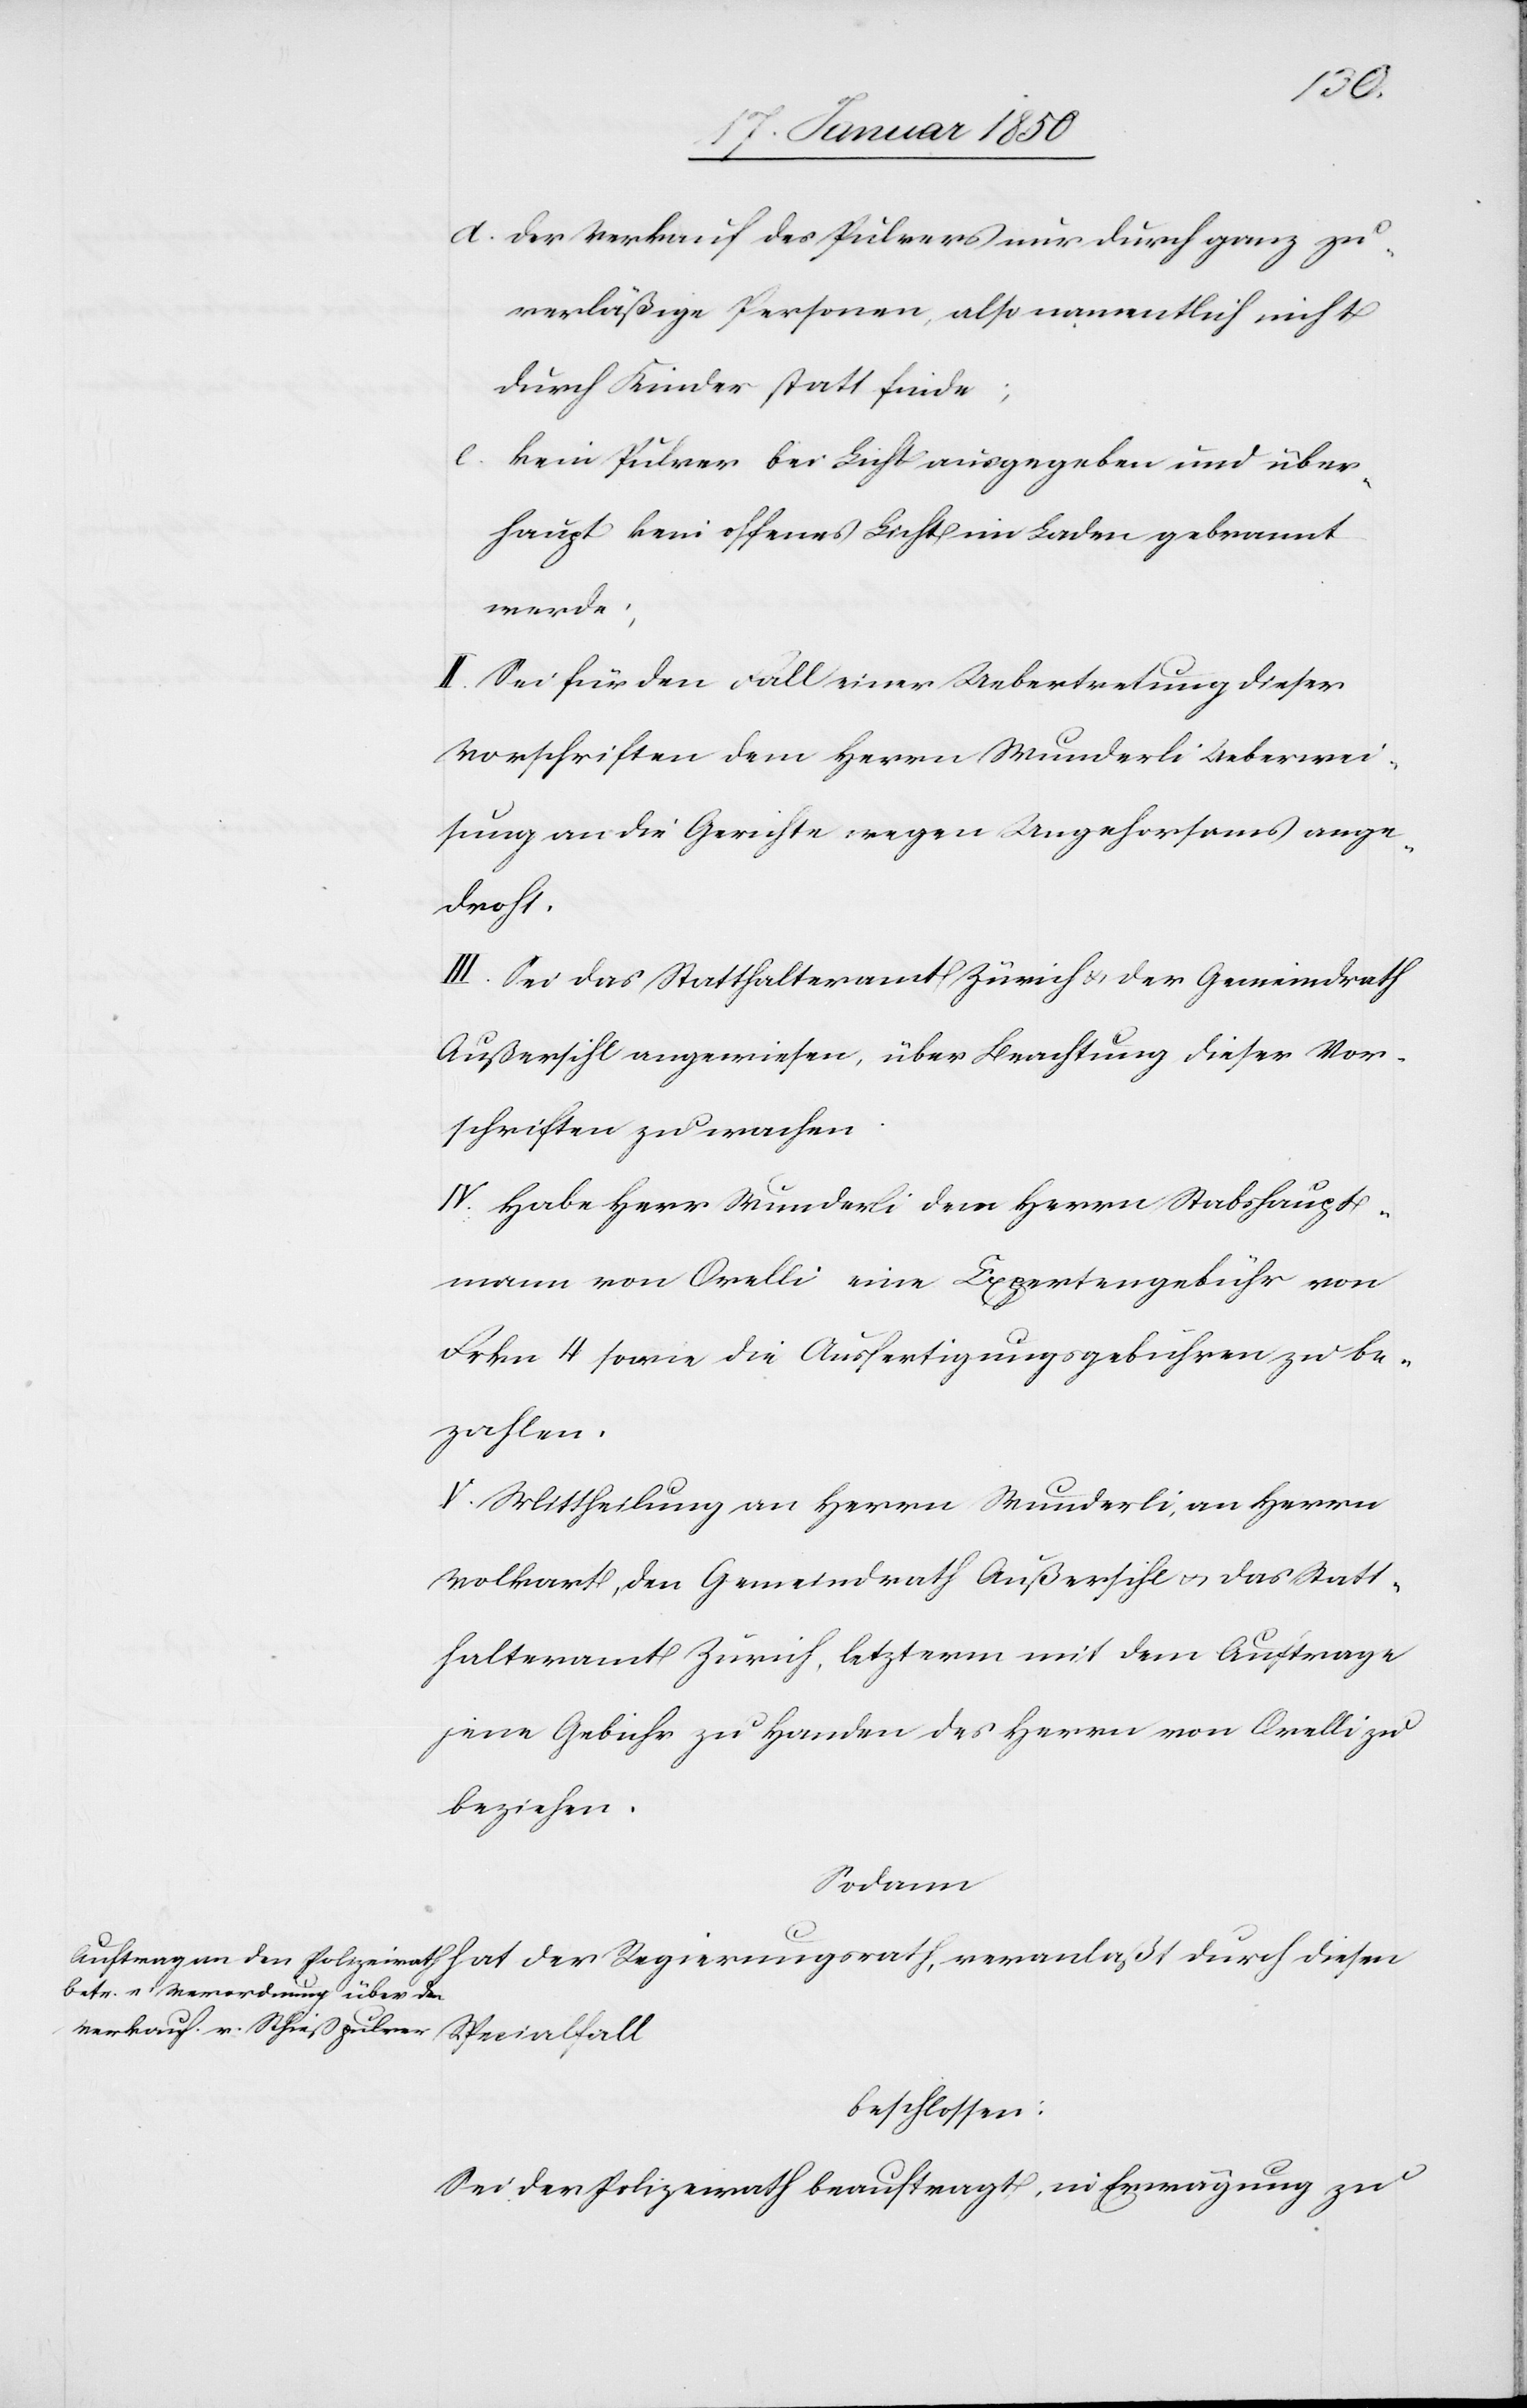
hat
d. der Verkauf des Pulvers nur durch ganz zu¬
verläßige Personen, also namentlich nicht
durch Kinder statt finde;
c.
kein Pulver bei Licht ausgegeben und über¬
haupt kein offenes Licht im Laden gebrannt
werde;
II. Sei für den Fall einer Uebertretung dieser
Vorschriften dem Herrn Wunderli Ueberwei¬
sung an die Gerichte wegen Ungehorsams ange¬
diesen
III. Sei das Statthalteramt Zürich u. der Gemeindrath
Außersihl angewiesen, über Beachtung dieser Vor¬
schriften zu wachen.
IV. Habe Herr Wunderli dem Herrn Stabshaupt¬
mann von Orelli eine Expertengebühr von
Frkn 4 sowie die Ausfertigungsgebühren zu be¬
zahlen.
V. Mittheilung an Herrn Wunderli, an Herrn
Volkart, den Gemeindrath Außersihl u. das Statt¬
halteramt Zürich, letzterm mit dem Auftrage
jene Gebühr zu Handen des Herrn von Orelli zu
beziehen.
Sodann
beschlossen:
Sei der Polizeirath beauftragt, in Erwägung zu